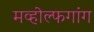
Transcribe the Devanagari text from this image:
मव्होल्फगांग